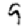
Digit: 9